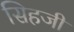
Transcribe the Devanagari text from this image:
सिहजी